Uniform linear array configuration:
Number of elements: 64
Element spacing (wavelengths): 0.25
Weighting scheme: uniform
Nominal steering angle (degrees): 60
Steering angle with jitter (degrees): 58.64
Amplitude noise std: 0.05
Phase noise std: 0.05

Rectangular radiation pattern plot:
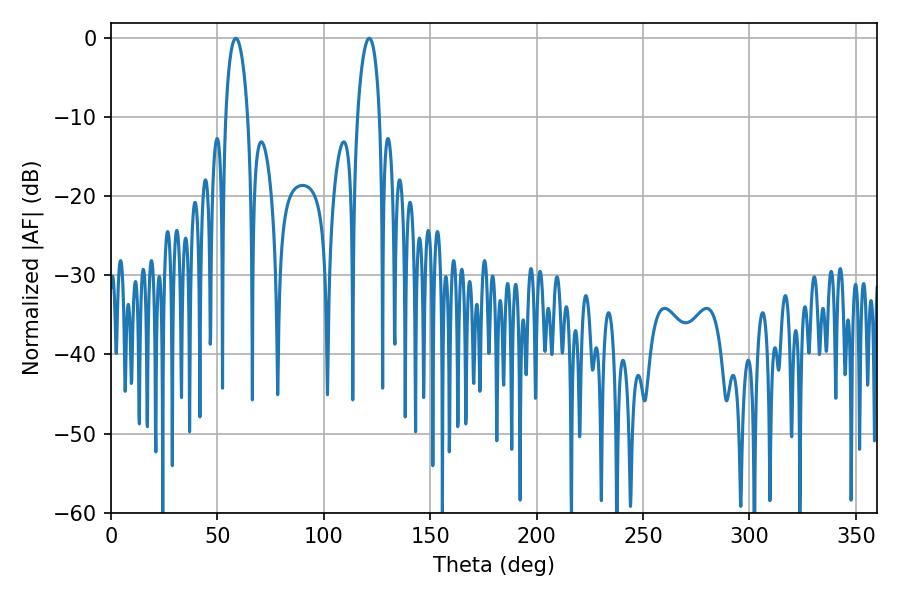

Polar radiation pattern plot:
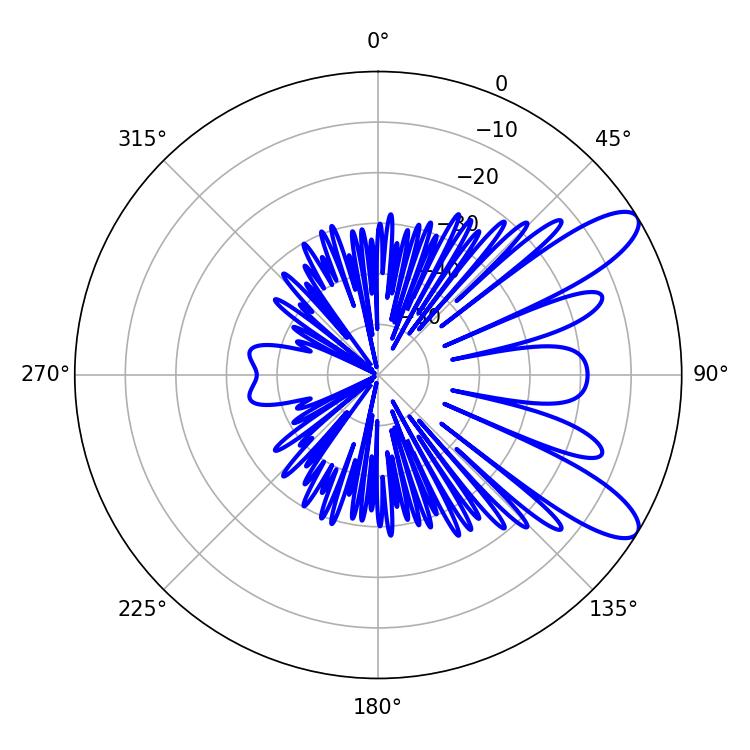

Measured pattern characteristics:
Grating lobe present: FALSE
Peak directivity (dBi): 9.908
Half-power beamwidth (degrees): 5.94
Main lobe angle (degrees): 58.68